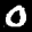
Label: 0